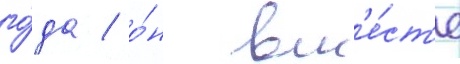
го́да / о́н вм'е́ст'е